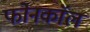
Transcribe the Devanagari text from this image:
फोनकाॅल